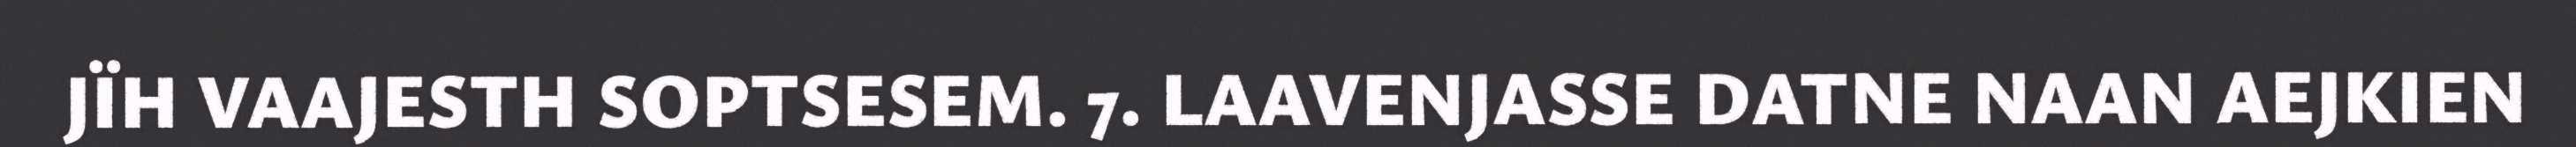
JÏH VAAJESTH SOPTSESEM. 7. LAAVENJASSE DATNE NAAN AEJKIEN